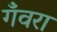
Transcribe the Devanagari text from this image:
गँवरा